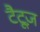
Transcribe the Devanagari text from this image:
टैटूज़